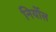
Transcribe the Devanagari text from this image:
निर्योल